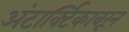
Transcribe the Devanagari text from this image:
अंटार्क्टिकावरून